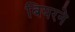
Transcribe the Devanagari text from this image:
बियरने